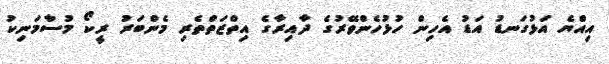
އިއްޔެ އަޅުގަނޑު އަޑު އެހިން ހުޅުހެންވޭރުގެ ދާއިރާގެ އިތްޒަތްތެރި މެންބަރު ރީކޯ މުސާމަނިކު